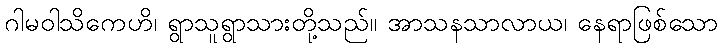
ဂါမဝါသိကေဟိ၊ ရွာသူရွာသားတို့သည်။ အာသနသာလာယ၊ နေရာဖြစ်သော